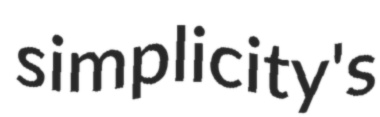
simplicity's